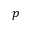
p